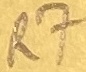
Text: R7